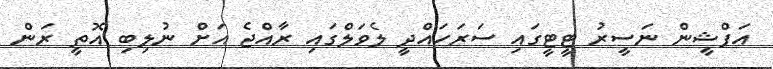
އަފްޝީން ނަސީރު ޓީޓީގައި ސަރަހައްދީ ލެވަލްގައި ރާއްޖެ އަށް ނުލިބި އޮތީ ރަން